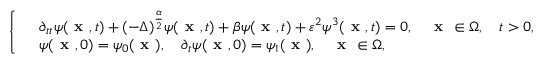
\left\{ \begin{array} { r l } & { \partial _ { t t } \psi ( \textbf { x } , t ) + ( - \Delta ) ^ { \frac { \alpha } { 2 } } \psi ( \textbf { x } , t ) + \beta \psi ( \textbf { x } , t ) + \varepsilon ^ { 2 } \psi ^ { 3 } ( \textbf { x } , t ) = 0 , \quad \textbf { x } \in \Omega , \quad t > 0 , } \\ & { \psi ( \textbf { x } , 0 ) = \psi _ { 0 } ( \textbf { x } ) , \quad \partial _ { t } \psi ( \textbf { x } , 0 ) = \psi _ { 1 } ( \textbf { x } ) , \quad \textbf { x } \in \Omega , } \end{array} \right.